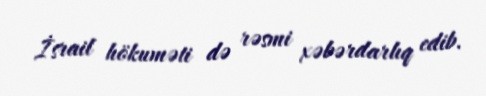
İsrail hökuməti də rəsmi xəbərdarlıq edib.